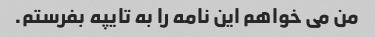
من می خواهم این نامه را به تایپه بفرستم.